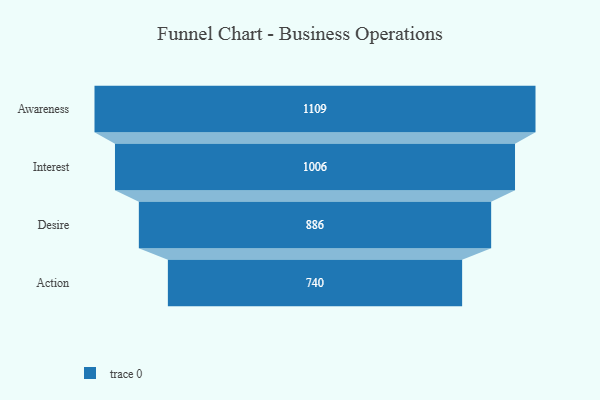
{"axis": {"x": "Stage", "y": "Value"}, "legend": [""], "data": [{"x": "Awareness", "y": 1109.0, "type": ""}, {"x": "Interest", "y": 1006.0, "type": ""}, {"x": "Desire", "y": 886.0, "type": ""}, {"x": "Action", "y": 740.0, "type": ""}]}